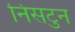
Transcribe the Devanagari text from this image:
निसटुन